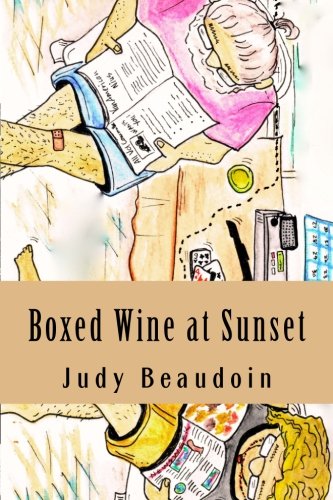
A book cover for Boxed Wine at Sunset: Two Americans.  Two years.  A small village in Vanuatu.; Judy Beaudoin; Travel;